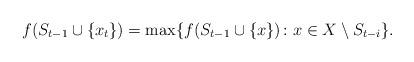
LaTeX: \begin{align*}f(S_{t-1}\cup \{x_t\})=\max\{f(S_{t-1}\cup \{x\})\colon x\in X\setminus S_{t-i}\}.\end{align*}